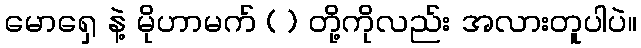
မောရှေ နဲ့ မိုဟာမက် ( ) တို့ကိုလည်း အလားတူပါပဲ။